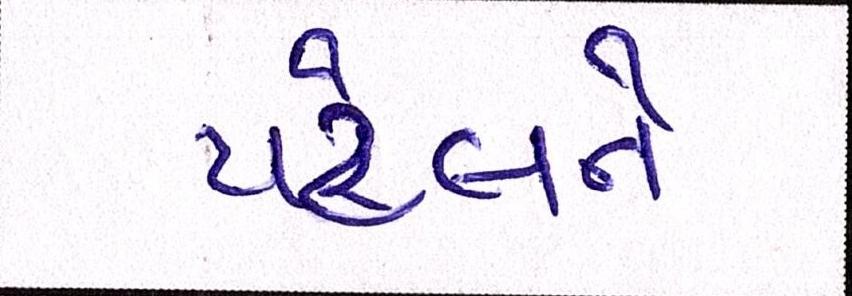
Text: પટેલને